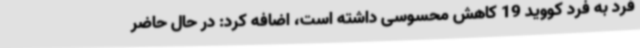
فرد به فرد کووید 19 کاهش محسوسی داشته است، اضافه کرد: در حال حاضر